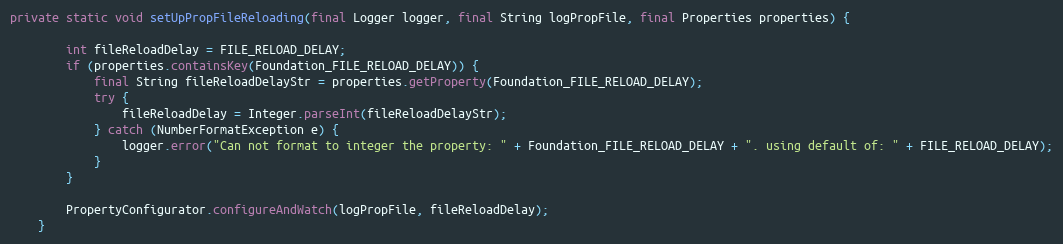
Language: Java
private static void setUpPropFileReloading(final Logger logger, final String logPropFile, final Properties properties) {

		int fileReloadDelay = FILE_RELOAD_DELAY;
		if (properties.containsKey(Foundation_FILE_RELOAD_DELAY)) {
			final String fileReloadDelayStr = properties.getProperty(Foundation_FILE_RELOAD_DELAY);
			try {
				fileReloadDelay = Integer.parseInt(fileReloadDelayStr);
			} catch (NumberFormatException e) {
				logger.error("Can not format to integer the property: " + Foundation_FILE_RELOAD_DELAY + ". using default of: " + FILE_RELOAD_DELAY);
			}
		}

		PropertyConfigurator.configureAndWatch(logPropFile, fileReloadDelay);
	}